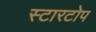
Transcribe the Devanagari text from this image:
स्टारटोप